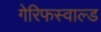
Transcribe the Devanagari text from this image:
गेरिफस्वाल्ड